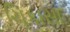
ચિકાસા